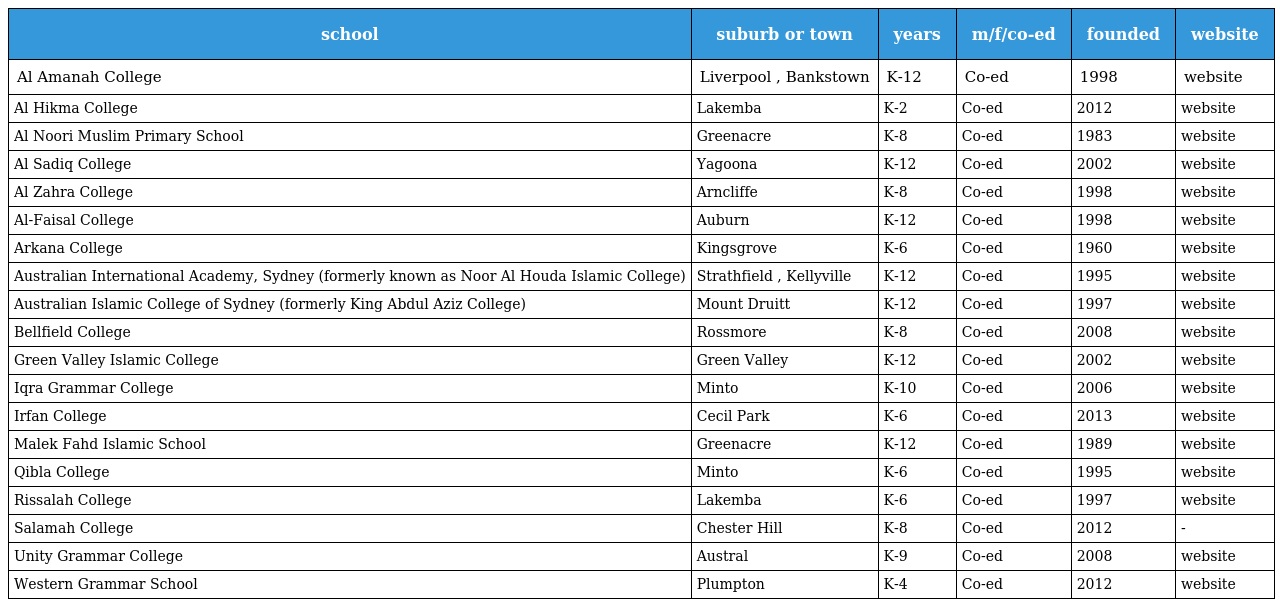
| school | suburb or town | years | m/f/co-ed | founded | website |
 | --- | --- | --- | --- | --- | --- |
 | Al Amanah College | Liverpool , Bankstown | K-12 | Co-ed | 1998 | website |
 | Al Hikma College | Lakemba | K-2 | Co-ed | 2012 | website |
 | Al Noori Muslim Primary School | Greenacre | K-8 | Co-ed | 1983 | website |
 | Al Sadiq College | Yagoona | K-12 | Co-ed | 2002 | website |
 | Al Zahra College | Arncliffe | K-8 | Co-ed | 1998 | website |
 | Al-Faisal College | Auburn | K-12 | Co-ed | 1998 | website |
 | Arkana College | Kingsgrove | K-6 | Co-ed | 1960 | website |
 | Australian International Academy, Sydney (formerly known as Noor Al Houda Islamic College) | Strathfield , Kellyville | K-12 | Co-ed | 1995 | website |
 | Australian Islamic College of Sydney (formerly King Abdul Aziz College) | Mount Druitt | K-12 | Co-ed | 1997 | website |
 | Bellfield College | Rossmore | K-8 | Co-ed | 2008 | website |
 | Green Valley Islamic College | Green Valley | K-12 | Co-ed | 2002 | website |
 | Iqra Grammar College | Minto | K-10 | Co-ed | 2006 | website |
 | Irfan College | Cecil Park | K-6 | Co-ed | 2013 | website |
 | Malek Fahd Islamic School | Greenacre | K-12 | Co-ed | 1989 | website |
 | Qibla College | Minto | K-6 | Co-ed | 1995 | website |
 | Rissalah College | Lakemba | K-6 | Co-ed | 1997 | website |
 | Salamah College | Chester Hill | K-8 | Co-ed | 2012 | - |
 | Unity Grammar College | Austral | K-9 | Co-ed | 2008 | website |
 | Western Grammar School | Plumpton | K-4 | Co-ed | 2012 | website |